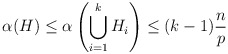
\begin{align*} \alpha(H)\leq \alpha\left(\bigcup_{i=1}^k H_i\right) \leq (k-1)\frac{n}{p}\end{align*}